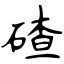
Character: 碴